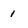
Character: 1